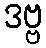
ဒဗ္ဗ